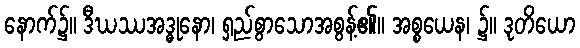
နောက်၌။ ဒီဃဿအဒ္ဓုနော၊ ရှည်စွာသောအစွန့်၏။ အစ္စယေန၊ ၌။ ဒုတိယော